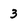
Character: 3